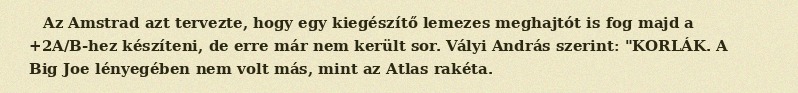
Az Amstrad azt tervezte, hogy egy kiegészítő lemezes meghajtót is fog majd a +2A/B-hez készíteni, de erre már nem került sor. Vályi András szerint: "KORLÁK. A Big Joe lényegében nem volt más, mint az Atlas rakéta.